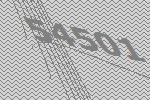
54501